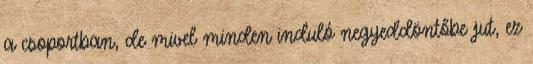
a csoportban, de mivel minden induló negyeddöntőbe jut, ez